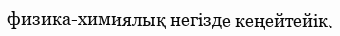
физика-химиялық негізде кеңейтейік.